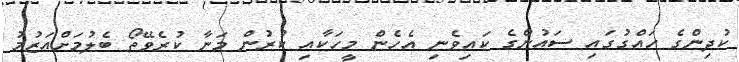
ކުދިންގެ ހައްގުގައި ސައުންގެ ކައިވެނި އެހެން މީހަކާއި ކުރުން މަނާ ކުރެވޭތޯ ބެލުމަށްއަޒުމު